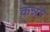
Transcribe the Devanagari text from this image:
कन्नगे